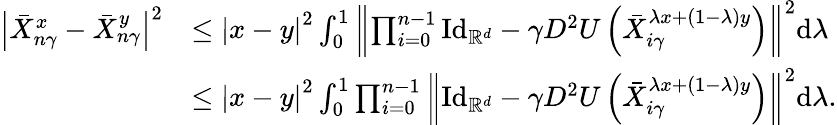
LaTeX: \begin{array}{rl}{\left|\bar{X}_{n\gamma}^{x}-\bar{X}_{n\gamma}^{y}\right|^{2}}&{\le\left|x-y\right|^{2}\int_{0}^{1}\left\| \prod_{i=0}^{n-1}\mathrm{Id}_{\mathbb{R}^{d}}-\gamma D^{2}U\left(\bar{X}_{i\gamma}^{\lambda x+(1-\lambda)y}\right)\right\| ^{2}\mathrm{d}\lambda}\\ &{\le\left|x-y\right|^{2}\int_{0}^{1}\prod_{i=0}^{n-1}\left\| \mathrm{Id}_{\mathbb{R}^{d}}-\gamma D^{2}U\left(\bar{X}_{i\gamma}^{\lambda x+(1-\lambda)y}\right)\right\| ^{2}\mathrm{d}\lambda.}\end{array}